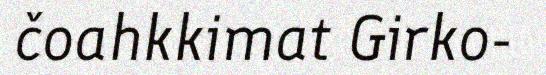
čoahkkimat Girko-